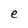
Character: e